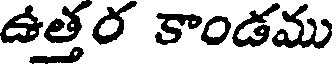
ఉత్తర కాండము